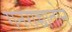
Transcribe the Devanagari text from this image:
गनराच्चातोन